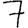
Digit: 7